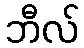
ဘီလ်